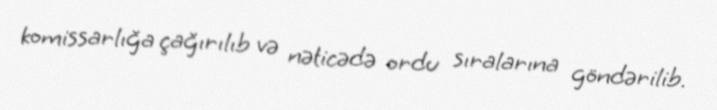
komissarlığa çağırılıb və nəticədə ordu sıralarına göndərilib.